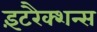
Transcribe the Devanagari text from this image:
इंटरैक्शन्स